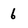
Character: 6